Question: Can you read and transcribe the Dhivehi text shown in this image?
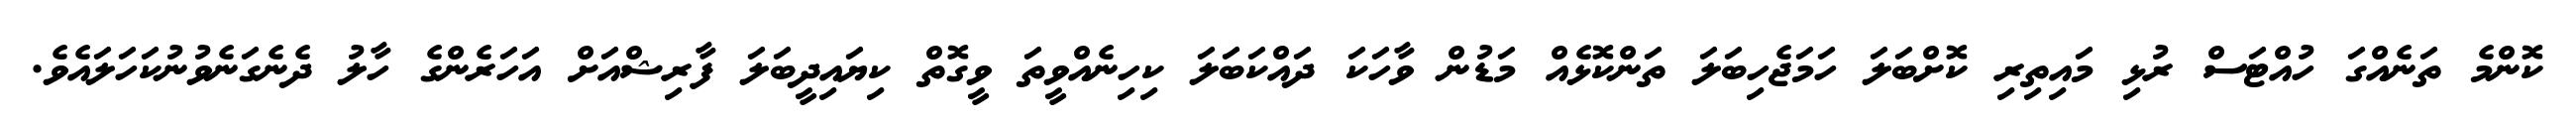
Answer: ކޮންމެ ތަނެއްގަ ހުއްޓަސް ރުޅި މައިތިރި ކޮށްބަލަ ހަމަޖެހިބަލަ ތަންކޮޅެއް މަޑުން ވާހަކަ ދައްކަބަލަ ކިހިނެއްވީތަ ވީގޮތް ކިޔައިދީބަލަ ފާރިޝްއަށް އަހަރެންގެ ހާލު ދެނެގަނެވުނުކަހަލައެވެ.